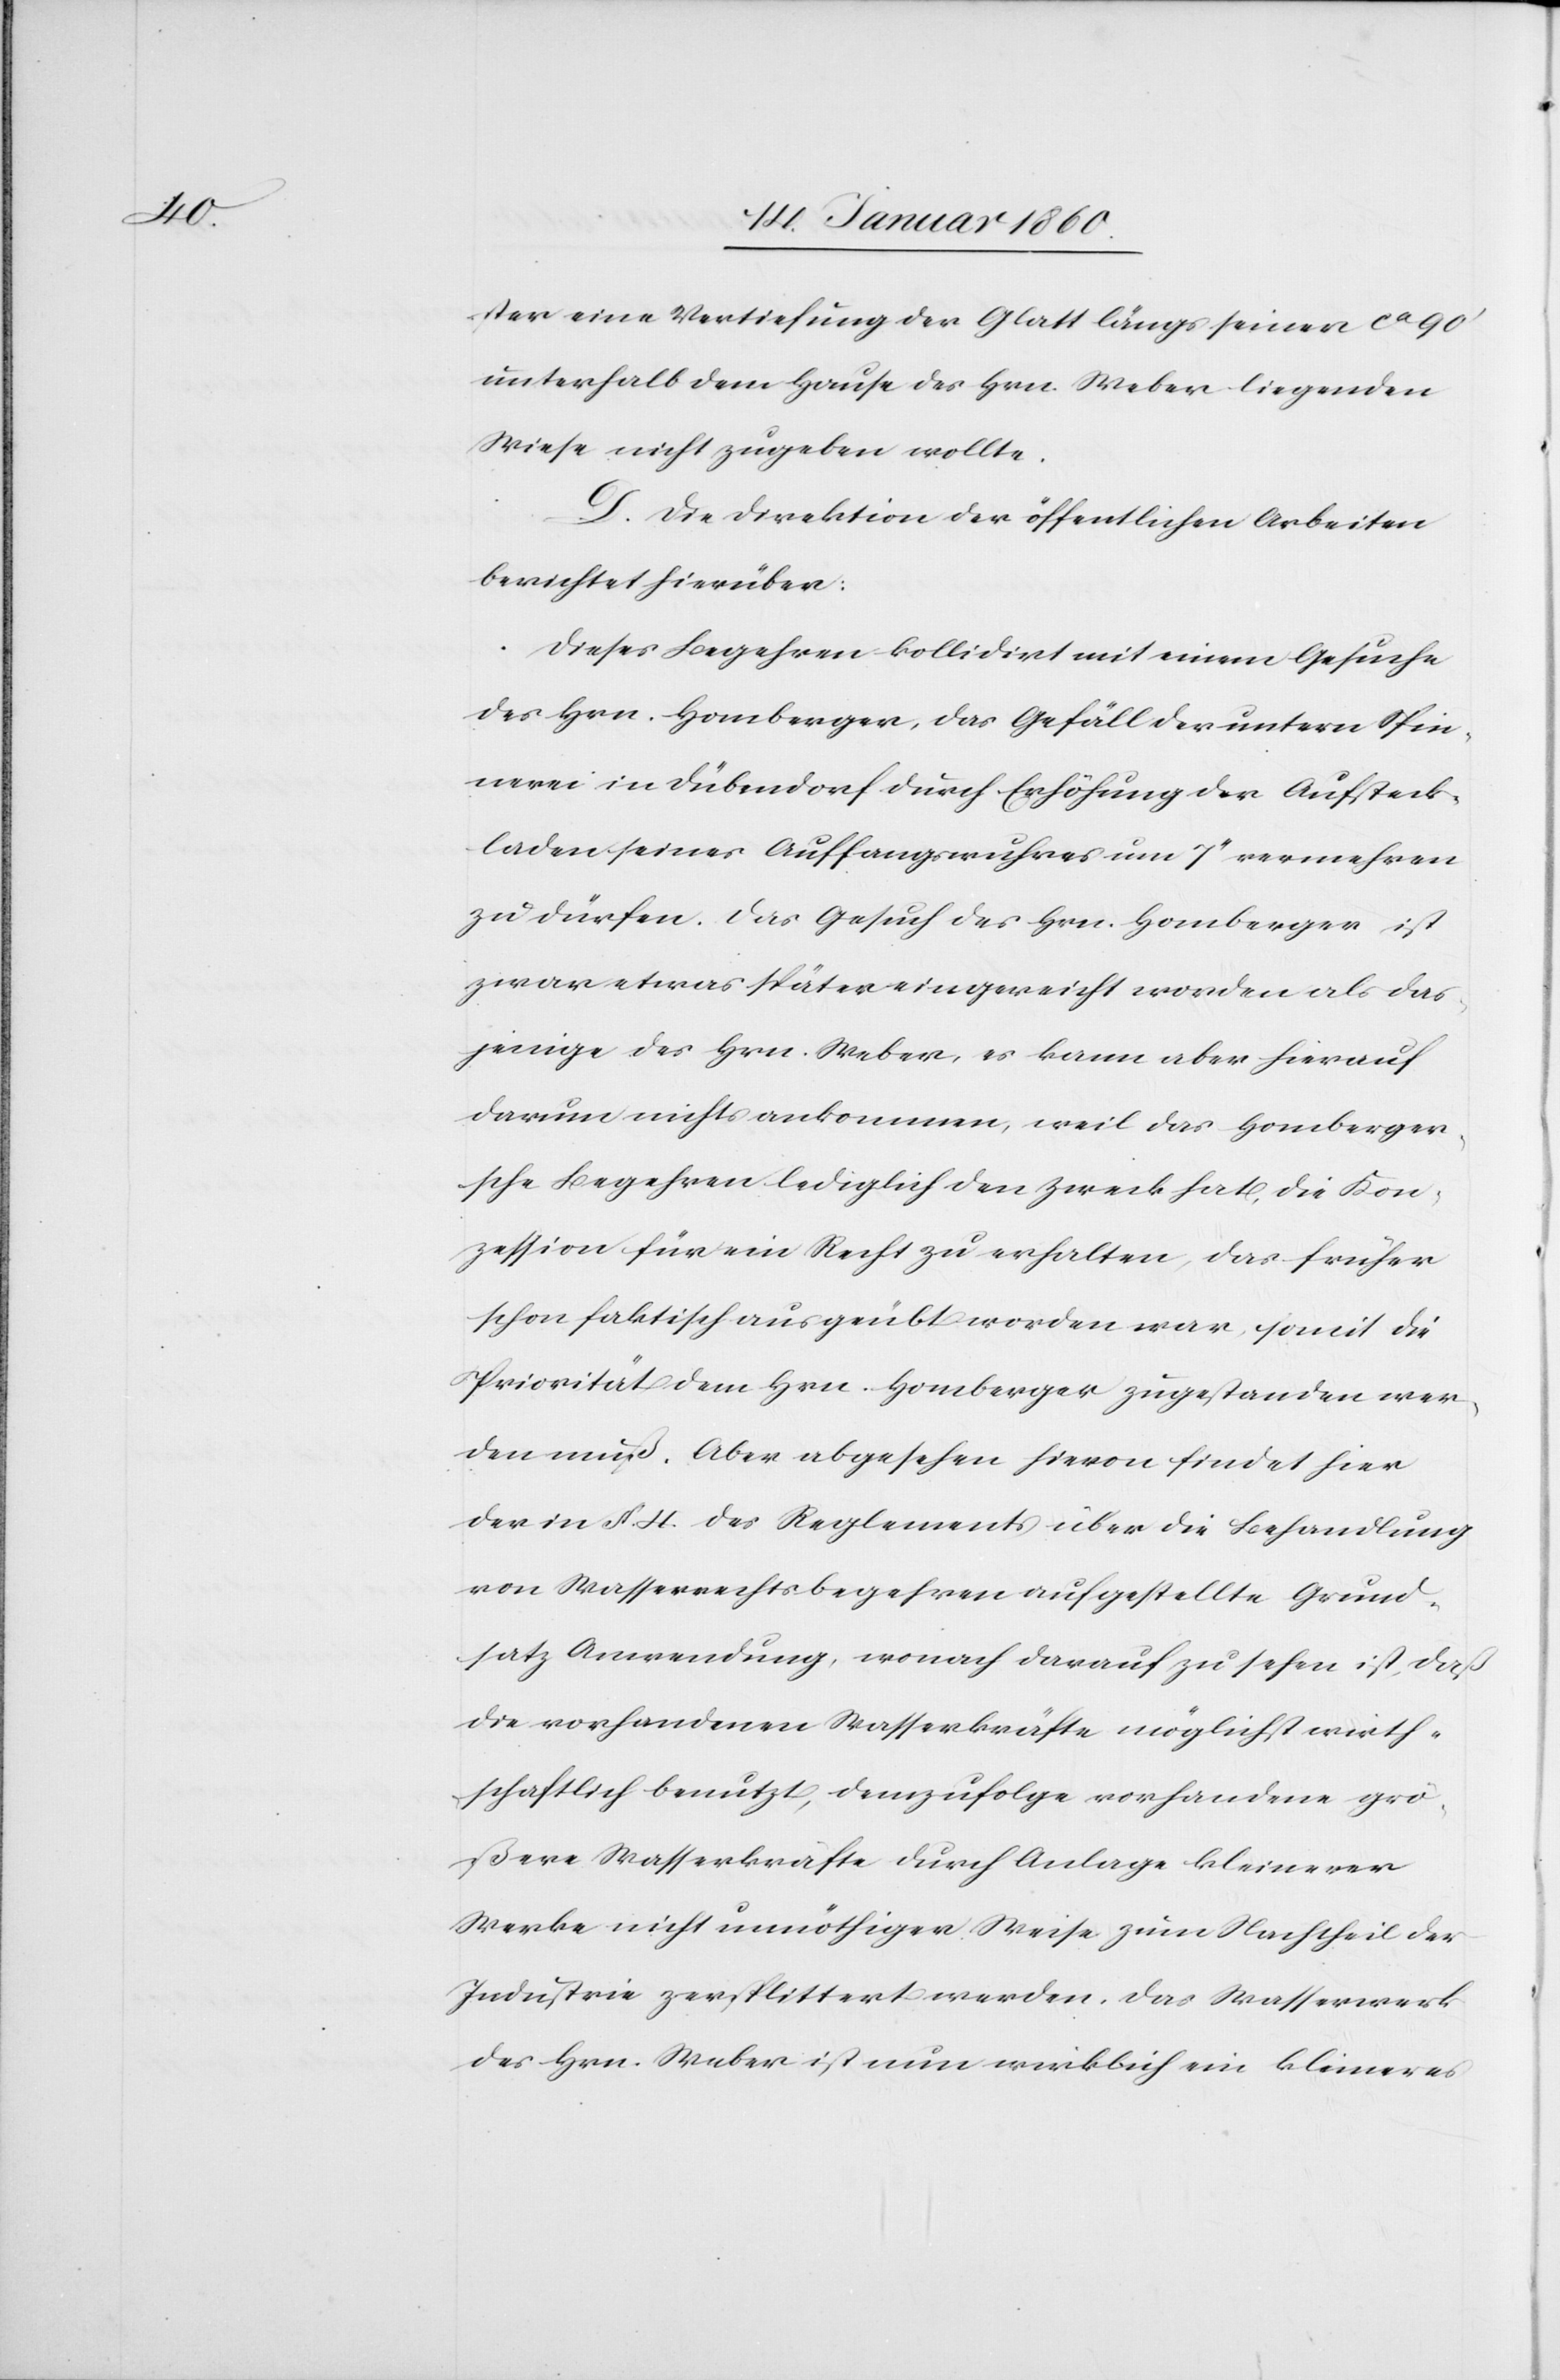
ster eine Vertiefung der Glatt längs seiner ca 90’
unterhalb dem Hause des Hrn. Weber liegenden
Wiese nicht zugeben wollte.
D. Die Direktion der öffentlichen Arbeiten
berichtet hierüber:
Dieses Begehren kollidirt mit einem Gesuche
des Hrn. Homberger, das Gefäll der untern Spin¬
nerei in Dübendorf durch Erhöhung der Aufsteck¬
laden seines Auffangwuhres um 7’’ vermehren
zu dürfen. Das Gesuch des Hrn. Homberger ist
zwar etwas später eingereicht worden als das¬
jenige des Hrn. Weber, es kann aber hierauf
darum nichts ankommen, weil das Homberger¬
sche Begehren lediglich den Zweck hat, die Kon¬
zession für ein Recht zu erhalten, das früher
schon faktisch ausgeübt worden war, somit die
Priorität dem Hrn. Homberger zugestanden wer¬
den muß. Aber abgesehen hievon findet hier
der in §. 4. des Reglements über die Behandlung
von Wasserrechtsbegehren aufgestellte Grund¬
satz Anwendung, wonach darauf zu sehen ist, daß
die vorhandenen Wasserkräfte möglichst wirth¬
schaftlich benutzt, demzufolge vorhandene grö¬
ßere Wasserkräfte durch Anlage kleinerer
Werke nicht unnöthiger Weise zum Nachtheil der
Industrie zersplittert werden, das Wasserwerk
des Hrn. Weber ist nun wirklich ein kleineres